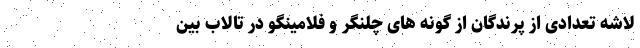
لاشه تعدادی از پرندگان از گونه های چلنگر و فلامینگو در تالاب بین